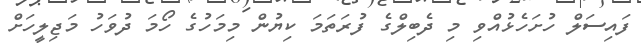
ފައިސަލް ހުށަހެޅުއްވި މި ދެބިލްގެ ފުރަތަމަ ކިޔުން މިމަހުގެ ހޯމަ ދުވަހު މަޖިލީހަށް